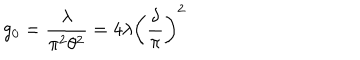
g _ { 0 } = { \frac { \lambda } { \pi ^ { 2 } \theta ^ { 2 } } } = 4 \lambda \left( \frac { \delta } { \pi } \right) ^ { 2 }